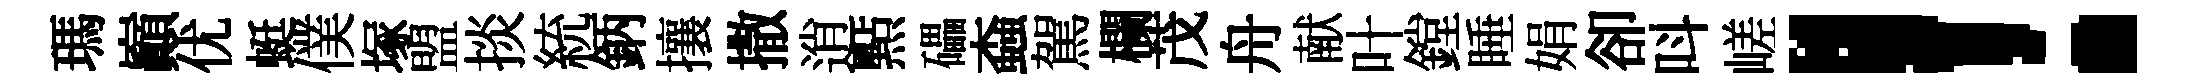
瑪巔优蜓僕塚盟掞統鈵攘撒逍㸃礧螙駕欄茂舟献叶鏜睡娟卻呌嵯！